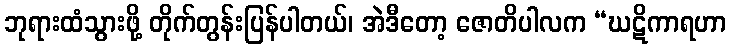
ဘုရားထံသွားဖို့ တိုက်တွန်းပြန်ပါတယ်၊ အဲဒီတော့ ဇောတိပါလက “ဃဋိကာရဟာ